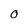
Character: 0